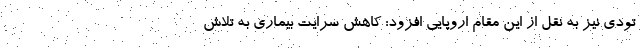
تودی نیز به نقل از این مقام اروپایی افزود: کاهش سرایت بیماری به تلاش